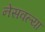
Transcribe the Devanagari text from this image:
नेसवल्या